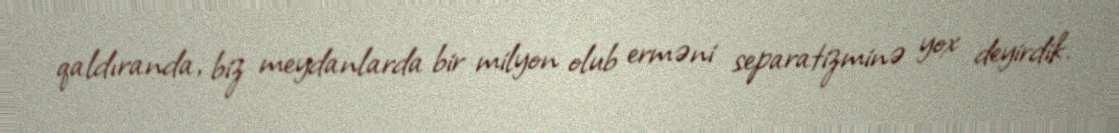
qaldıranda, biz meydanlarda bir milyon olub erməni separatizminə yox deyirdik.